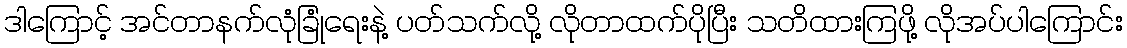
ဒါကြောင့် အင်တာနက်လုံခြုံရေးနဲ့ ပတ်သက်လို့ လိုတာထက်ပိုပြီး သတိထားကြဖို့ လိုအပ်ပါကြောင်း